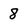
Character: 8